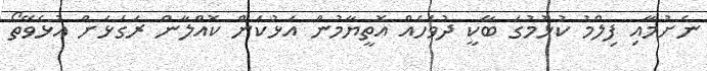
ނެށުމާއި ފިލްމު ކުޅުމުގަ ބާކީ ދުވަހެއް އޮތީޔާމުން އަޅުކަން ކޮއްލާން ރަގަޅަށް އުޅެވޭތޯ